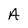
Character: A